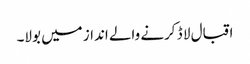
اقبال لا ڈ کرنے والے انداز میں بولا۔